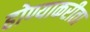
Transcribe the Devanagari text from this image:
होण्याकरीता